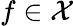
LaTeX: f\in\mathcal X